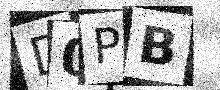
Text: D0PB